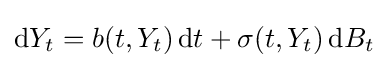
\mathrm {d} Y_{t}=b(t,Y_{t})\,\mathrm {d} t+\sigma (t,Y_{t})\,\mathrm {d} B_{t}